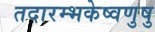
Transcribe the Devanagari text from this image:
तदारम्भकेष्वणुषु